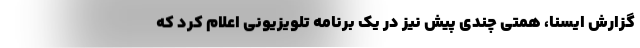
گزارش ایسنا، همتی چندی پیش نیز در یک برنامه تلویزیونی اعلام کرد که